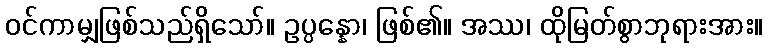
ဝင်ကာမျှဖြစ်သည်ရှိသော်။ ဥပ္ပန္နော၊ ဖြစ်၏။ အဿ၊ ထိုမြတ်စွာဘုရားအား။